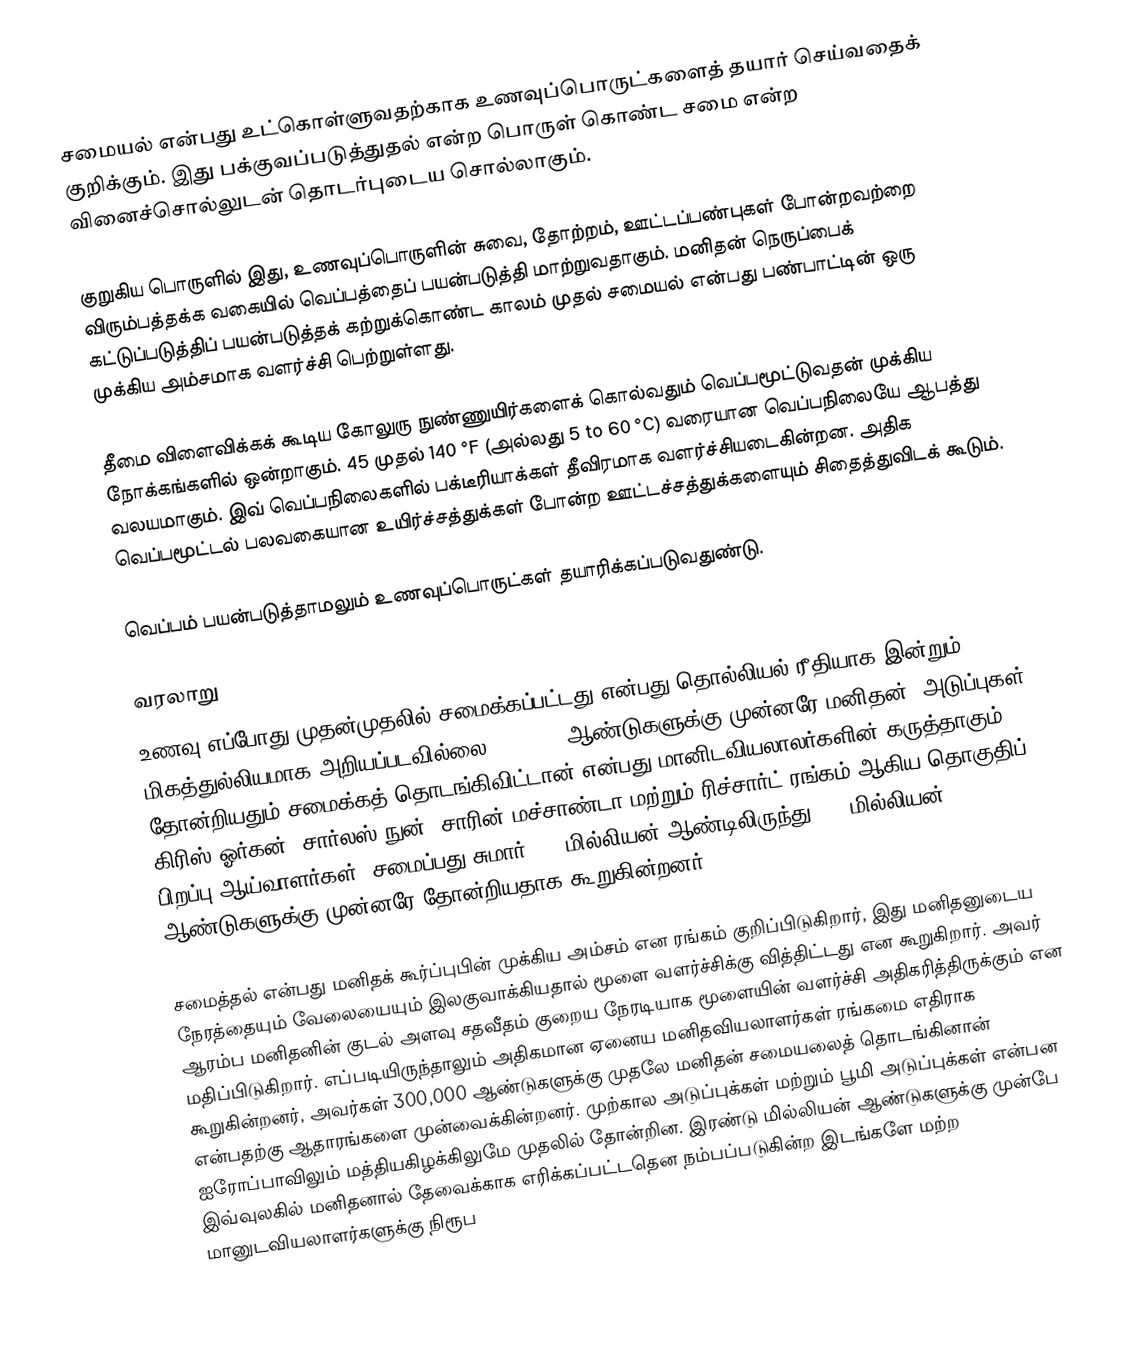
சமையல் என்பது உட்கொள்ளுவதற்காக உணவுப்பொருட்களைத் தயார் செய்வதைக் குறிக்கும். இது பக்குவப்படுத்துதல் என்ற பொருள் கொண்ட சமை என்ற வினைச்சொல்லுடன் தொடர்புடைய சொல்லாகும்.

குறுகிய பொருளில் இது, உணவுப்பொருளின் சுவை, தோற்றம், ஊட்டப்பண்புகள் போன்றவற்றை விரும்பத்தக்க வகையில் வெப்பத்தைப் பயன்படுத்தி மாற்றுவதாகும். மனிதன் நெருப்பைக் கட்டுப்படுத்திப் பயன்படுத்தக் கற்றுக்கொண்ட காலம் முதல் சமையல் என்பது பண்பாட்டின் ஒரு முக்கிய அம்சமாக வளர்ச்சி பெற்றுள்ளது.

தீமை விளைவிக்கக் கூடிய கோலுரு நுண்ணுயிர்களைக் கொல்வதும் வெப்பமூட்டுவதன் முக்கிய நோக்கங்களில் ஒன்றாகும். 45 முதல் 140 °F (அல்லது 5 to 60 °C) வரையான வெப்பநிலையே ஆபத்து வலயமாகும். இவ் வெப்பநிலைகளில் பக்டீரியாக்கள் தீவிரமாக வளர்ச்சியடைகின்றன. அதிக வெப்பமூட்டல் பலவகையான உயிர்ச்சத்துக்கள் போன்ற ஊட்டச்சத்துக்களையும் சிதைத்துவிடக் கூடும்.

வெப்பம் பயன்படுத்தாமலும் உணவுப்பொருட்கள் தயாரிக்கப்படுவதுண்டு.

வரலாறு
உணவு எப்போது முதன்முதலில் சமைக்கப்பட்டது என்பது தொல்லியல் ரீதியாக இன்றும் மிகத்துல்லியமாக அறியப்படவில்லை. 250,000 ஆண்டுகளுக்கு முன்னரே மனிதன், அடுப்புகள் தோன்றியதும் சமைக்கத் தொடங்கிவிட்டான் என்பது மானிடவியலாலர்களின் கருத்தாகும். கிரிஸ் ஓர்கன், சார்லஸ் நுன், சாரின் மச்சாண்டா மற்றும் ரிச்சார்ட் ரங்கம் ஆகிய தொகுதிப் பிறப்பு ஆய்வாளர்கள், சமைப்பது சுமார் 1.8 மில்லியன் ஆண்டிலிருந்து 2.3 மில்லியன் ஆண்டுகளுக்கு முன்னரே தோன்றியதாக கூறுகின்றனர்.

சமைத்தல் என்பது மனிதக் கூர்ப்புபின் முக்கிய அம்சம் என ரங்கம் குறிப்பிடுகிறார், இது மனிதனுடைய நேரத்தையும் வேலையையும் இலகுவாக்கியதால் மூளை வளர்ச்சிக்கு வித்திட்டது என கூறுகிறார். அவர் ஆரம்ப மனிதனின் குடல் அளவு சதவீதம் குறைய நேரடியாக மூளையின் வளர்ச்சி அதிகரித்திருக்கும் என மதிப்பிடுகிறார். எப்படியிருந்தாலும் அதிகமான ஏனைய மனிதவியலாளர்கள் ரங்கமை எதிராக கூறுகின்றனர், அவர்கள் 300,000 ஆண்டுகளுக்கு முதலே மனிதன் சமையலைத் தொடங்கினான் என்பதற்கு ஆதாரங்களை முன்வைக்கின்றனர். முற்கால அடுப்புக்கள் மற்றும் பூமி அடுப்புக்கள் என்பன ஐரோப்பாவிலும் மத்தியகிழக்கிலுமே முதலில் தோன்றின. இரண்டு மில்லியன் ஆண்டுகளுக்கு முன்பே இவ்வுலகில் மனிதனால் தேவைக்காக எரிக்கப்பட்டதென நம்பப்படுகின்ற இடங்களே மற்ற மானுடவியலாளர்களுக்கு நிரூப